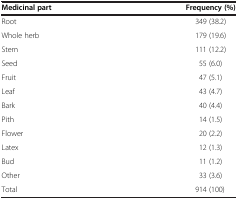
<table><thead><tr><td><b>Medicinal part</b></td><td><b>Frequency (%)</b></td></tr></thead><tbody><tr><td>Root</td><td>349 (38.2)</td></tr><tr><td>Whole herb</td><td>179 (19.6)</td></tr><tr><td>Stem</td><td>111 (12.2)</td></tr><tr><td>Seed</td><td>55 (6.0)</td></tr><tr><td>Fruit</td><td>47 (5.1)</td></tr><tr><td>Leaf</td><td>43 (4.7)</td></tr><tr><td>Bark</td><td>40 (4.4)</td></tr><tr><td>Pith</td><td>14 (1.5)</td></tr><tr><td>Flower</td><td>20 (2.2)</td></tr><tr><td>Latex</td><td>12 (1.3)</td></tr><tr><td>Bud</td><td>11 (1.2)</td></tr><tr><td>Other</td><td>33 (3.6)</td></tr><tr><td>Total</td><td>914 (100)</td></tr></tbody></table>